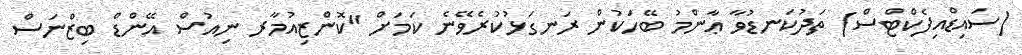
(ސައިޑްއިފެކްޓްސް) ތަދުކަނޑުވާ ޢާންމު ބޭހަކުން ރަނގަޅުކުރެވޭނެ ކަމަށް "ކޮންޒިއުމާރ ނިއުސް އޭންޑް ބިޒްނަސް